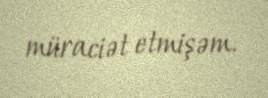
müraciət etmişəm.